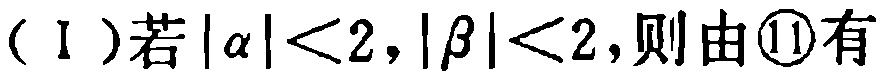
（Ⅰ）若\(|\alpha |<2,|\beta |<2\)，则由\textcircled{11}有